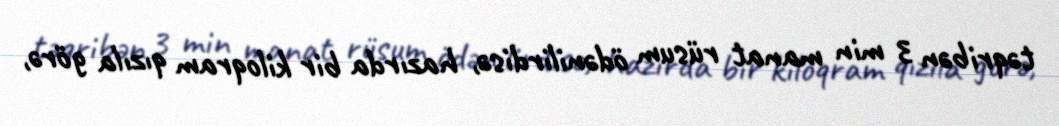
təqribən 3 min manat rüsum ödənilirdisə, hazırda bir kiloqram qızıla görə,